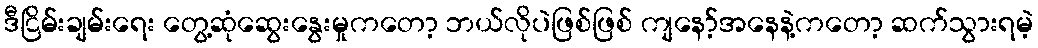
ဒီငြိမ်းချမ်းရေး တွေ့ဆုံဆွေးနွေးမှုကတော့ ဘယ်လိုပဲဖြစ်ဖြစ် ကျနော့်အနေနဲ့ကတော့ ဆက်သွားရမဲ့